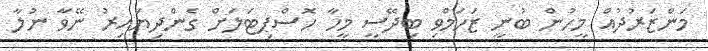
މަންޒަރުދުއް މީހުން ބުނީ ޒަހަމްވި ބިދޭސީ މީހާ ހޮސްޕިޓަލަށް ގެންދިޔައިރު ނޭވާ ނުލާ